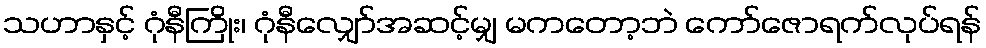
သဟာနှင့် ဂုံနီကြိုး၊ ဂုံနီလျှော်အဆင့်မျှ မကတော့ဘဲ ကော်ဇောရက်လုပ်ရန်